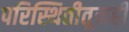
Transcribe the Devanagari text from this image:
परिस्थितीतूनही